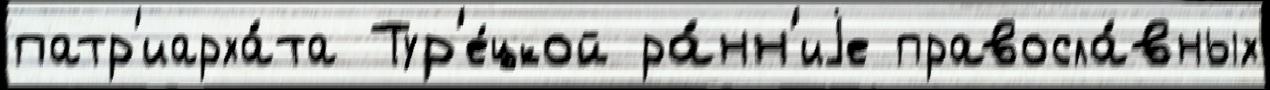
патр'иарха́та Тур'е́цкой ра́нн'иjе правосла́вных